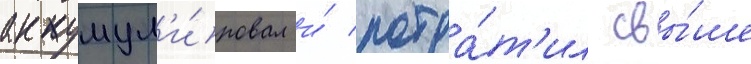
аккумул'и́ровал и́ потра́т'ил свы́ше